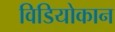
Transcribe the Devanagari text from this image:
विडियोकान